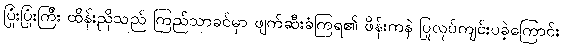
ပြုံးပြုံးကြီး ထိန်းညှိသည် ကြည်သာခင်မှာ ဖျက်ဆီးခံကြရ၏ ဖိန်းကနဲ ပြုလုပ်ကျင်းပခဲ့ကြောင်း